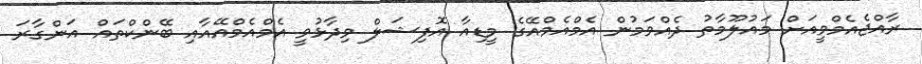
ރާއްޖެއެމްވީއަށް މައުލޫމާތު ދެއްވަމުން އެމްއެމްއޭގެ މީޑިއާ އޮފިޝަލް ވިދާޅުވީ އެމްއެމްއޭއާއި ބޭންކްތައް އަންގާރަ